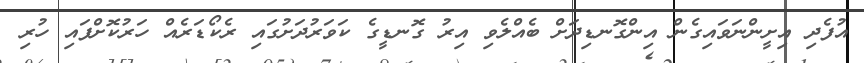
އުފެދި އިށީންނަވައިގެން އިންގޮނޑިދަށް ބެއްލެވި އިރު ގޮނޑީގެ ކަވަރުދަށުގައި ރެކޯޑަރެއް ހަރުކޮށްފައި ހުރި